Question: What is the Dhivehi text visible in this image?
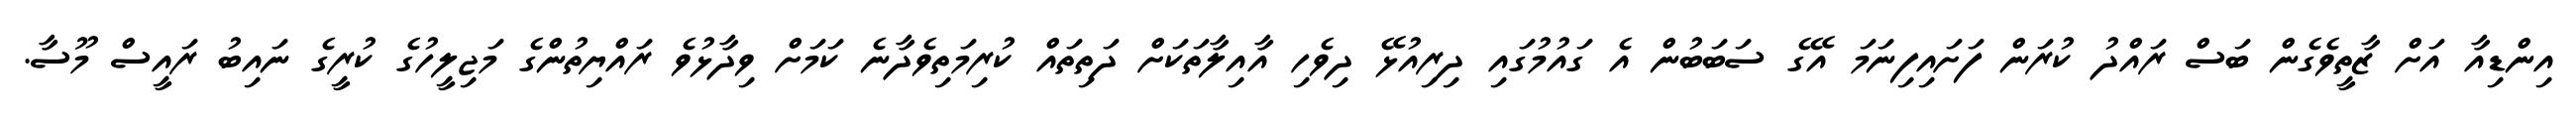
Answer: އިންޑިއާ އަށް ޒާތީވެގެން ބަސް ރައްދު ކުރަން ފަށައިފިނަމަ އޭގެ ސަބަބުން އެ ގައުމުގައި ދިރިއުޅޭ ދިވެހި އާއިލާތަކަށް ދަތިތައް ކުރިމަތިވެދާނެ ކަމަށް ވިދާޅުވެ ރައްޔިތުންގެ މަޖިލީހުގެ ކުރީގެ ނައިބު ރައީސް މޫސާ.